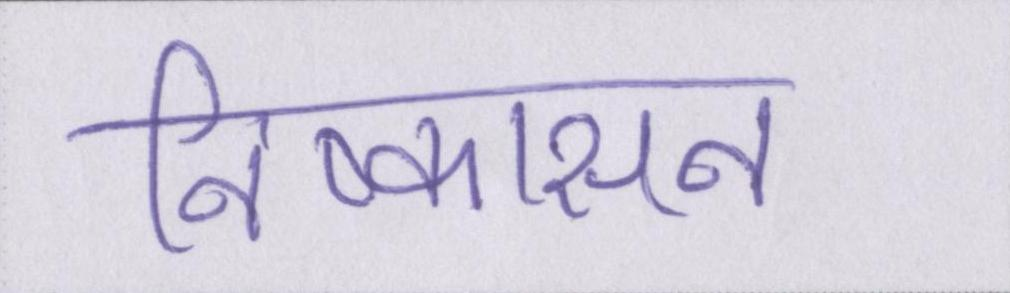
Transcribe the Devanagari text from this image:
निष्कासन